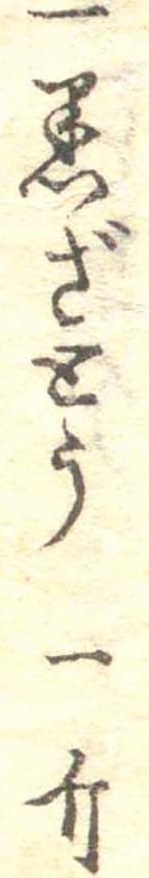
一黒ざとう一斤